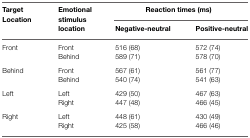
<table><thead><tr><td rowspan="2"><b>Target Location</b></td><td rowspan="2"><b>Emotional stimulus location</b></td><td colspan="2"><b>Reaction times (ms)</b></td></tr><tr><td><b>Negative-neutral</b></td><td><b>Positive-neutral</b></td></tr></thead><tbody><tr><td>Front</td><td>Front</td><td>516 (68)</td><td>572 (74)</td></tr><tr><td></td><td>Behind</td><td>589 (71)</td><td>578 (70)</td></tr><tr><td>Behind</td><td>Front</td><td>567 (61)</td><td>561 (77)</td></tr><tr><td></td><td>Behind</td><td>540 (74)</td><td>541 (63)</td></tr><tr><td>Left</td><td>Left</td><td>429 (50)</td><td>467 (63)</td></tr><tr><td></td><td>Right</td><td>447 (48)</td><td>466 (45)</td></tr><tr><td>Right</td><td>Left</td><td>448 (61)</td><td>430 (49)</td></tr><tr><td></td><td>Right</td><td>425 (58)</td><td>466 (46)</td></tr></tbody></table>